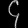
Digit: ၄